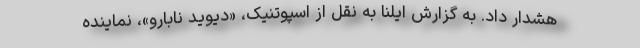
هشدار داد. به گزارش ایلنا به نقل از اسپوتنیک، «دیوید نابارو»، نماینده